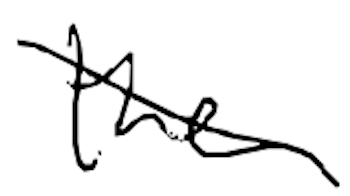
Text: the
Cross-out: diagonal
Writing tool: digital_black